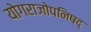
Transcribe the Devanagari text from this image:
योगराजोपनिषद्